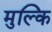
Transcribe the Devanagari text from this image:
मुल्कि